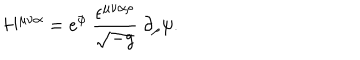
H ^ { \mu \nu \alpha } = e ^ { \phi } ~ \frac { \epsilon ^ { \mu \nu \alpha \rho } } { \sqrt { - g } } ~ \partial _ { \rho } \psi .